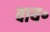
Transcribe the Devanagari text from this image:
वाय॰